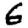
Digit: 6